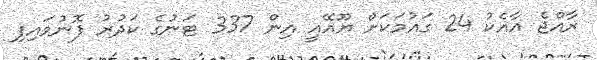
ރާއްޖެ އާއެކު 24 ގައުމަކަށް ޔޫއޭއީ އިން 337 ޓަނުގެ ކަދުރު ފޮނުވައިފި